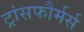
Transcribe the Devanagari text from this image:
ट्रांसफौर्मर्स